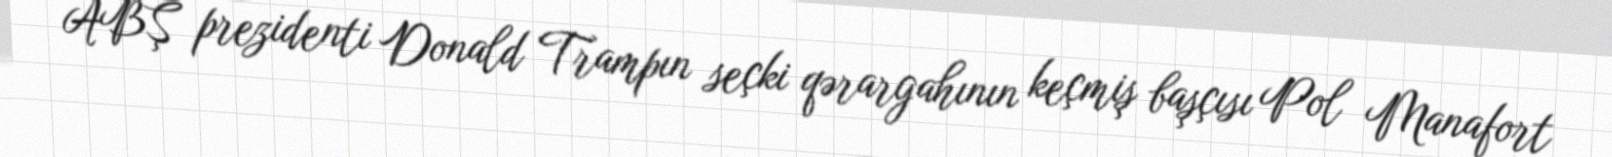
ABŞ prezidenti Donald Trampın seçki qərargahının keçmiş başçısı Pol Manafort